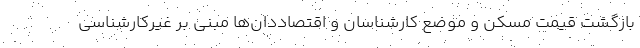
بازگشت قیمت مسکن و موضع کارشناسان و اقتصاددان‌ها مبنی بر غیرکارشناسی